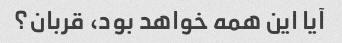
آیا این همه خواهد بود، قربان؟